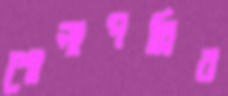
শোলাপল্লির